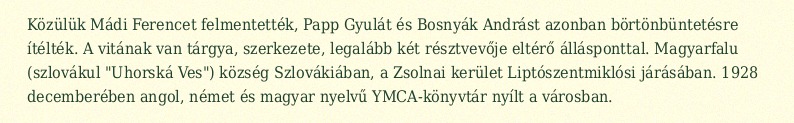
Közülük Mádi Ferencet felmentették, Papp Gyulát és Bosnyák Andrást azonban börtönbüntetésre ítélték. A vitának van tárgya, szerkezete, legalább két résztvevője eltérő állásponttal. Magyarfalu (szlovákul "Uhorská Ves") község Szlovákiában, a Zsolnai kerület Liptószentmiklósi járásában. 1928 decemberében angol, német és magyar nyelvű YMCA-könyvtár nyílt a városban.